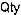
QTY